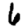
Digit: 6